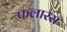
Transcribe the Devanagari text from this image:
फलारस